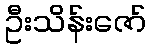
ဦးသိန်းဇော်